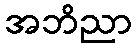
အဘိညာ